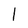
Character: I